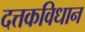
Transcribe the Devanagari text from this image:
दत्तकविधान